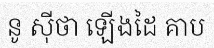
នូ ស៊ីថា ឡើងដៃ គាប